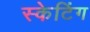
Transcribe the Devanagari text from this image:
स्‍केटिंग